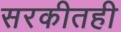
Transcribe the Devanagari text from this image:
सरकीतही